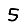
Digit: 5